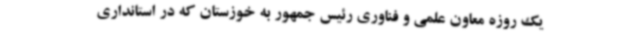
یک روزه معاون علمی و فناوری رئیس جمهور به خوزستان که در استانداری